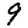
Digit: 9